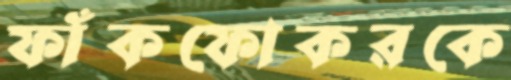
ফাঁকফোকরকে